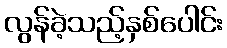
လွန်ခဲ့သည့်နှစ်ပေါင်း